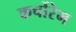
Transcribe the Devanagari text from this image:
कर्चोरेम